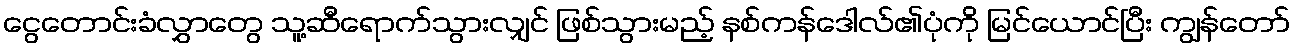
ငွေတောင်းခံလွှာတွေ သူ့ဆီရောက်သွားလျှင် ဖြစ်သွားမည့် နစ်ကန်ဒေါလ်၏ပုံကို မြင်ယောင်ပြီး ကျွန်တော်